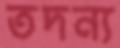
তদন্য